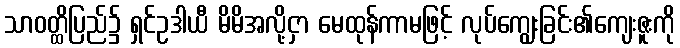
သာဝတ္ထိပြည်၌ ရှင်ဥဒါယီ မိမိအလို့ငှာ မေထုန်ကာမဖြင့် လုပ်ကျွေးခြင်း၏ကျေးဇူးကို